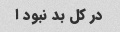
در کل بد نبود ا